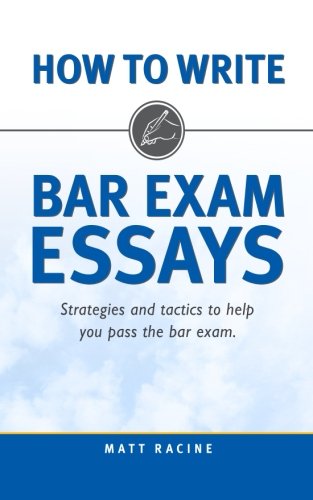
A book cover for How to Write Bar Exam Essays: Strategies and Tactics to Help You Pass the Bar Exam (Volume 2); Matt Racine; Test Preparation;